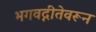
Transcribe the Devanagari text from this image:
भगवद्गीतेवरून